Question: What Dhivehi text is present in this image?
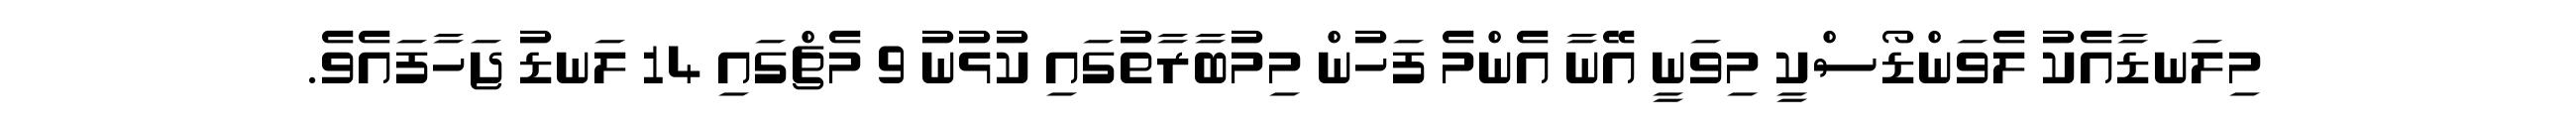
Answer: މިލަނޑާއެކު ލެވަންޑޯސްކީ މިވަނީ އޭނާ އެންމެ ފަހުން މިމުބާރާތުގައި ކުޅުނު 9 މެޗްގައި 14 ލަނޑު ޖަހާފައެވެ.